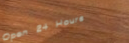
Open 24 Hours